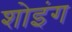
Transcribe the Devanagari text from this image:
शोइंग